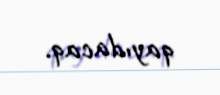
qayıdacaq.